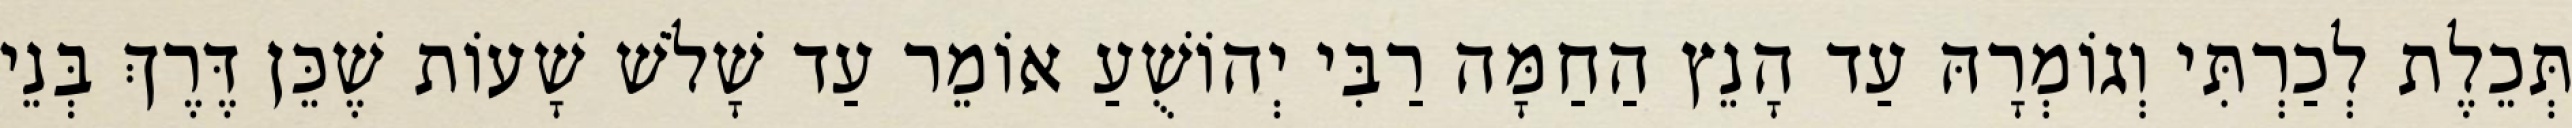
תְּכֵלֶת לְכַרְתִּי וְגוֹמְרָהּ עַד הָנֵץ הַחַמָּה רַבִּי יְהוֹשֻׁעַ אוֹמֵר עַד שָׁלֹשׁ שָׁעוֹת שֶׁכֵּן דֶּרֶךְ בְּנֵי